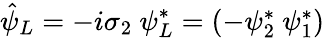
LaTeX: \hat{\psi}_{L}=-i\sigma_{2}~\psi_{L}^{\ast}=\left(\begin{array}{c}{{-\psi_{2}^{\ast}\ \psi_{1}^{\ast}}}\end{array}\right)